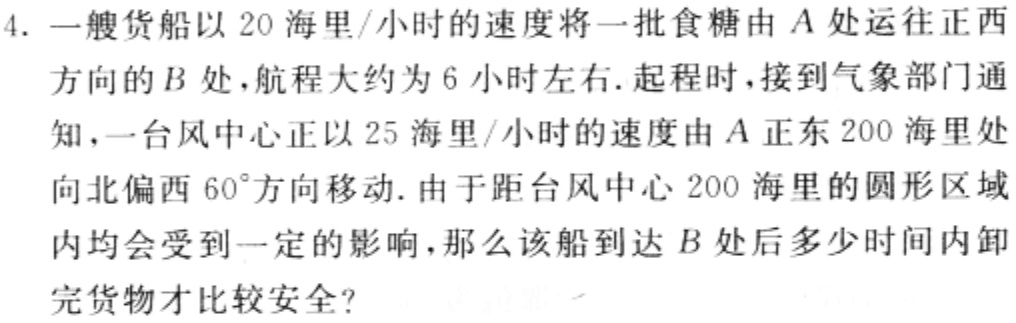
4. 一艘货船以 20 海里/小时的速度将一批食糖由 \(A\) 处运往正西方向的 \(B\) 处，航程大约为 6 小时左右. 起程时，接到气象部门通知，一台风中心正以 25 海里/小时的速度由 \(A\) 正东 200 海里处向北偏西 \(60^{\circ}\)方向移动. 由于距台风中心 200 海里的圆形区域内均会受到一定的影响，那么该船到达 \(B\) 处后多少时间内卸完货物才比较安全?